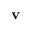
\mathbf { v }